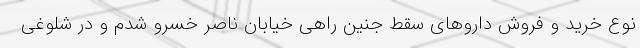
نوع خرید و فروش داروهای سقط جنین راهی خیابان ناصر خسرو شدم و در شلوغی